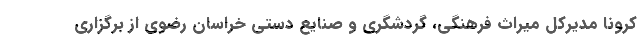
کرونا مدیرکل میراث فرهنگی، گردشگری و صنایع دستی خراسان رضوی از برگزاری